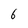
Character: 6